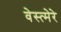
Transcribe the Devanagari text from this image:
वेस्त्मेरे